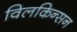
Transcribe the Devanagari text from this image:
विलकिन्सन